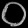
Digit: ၀